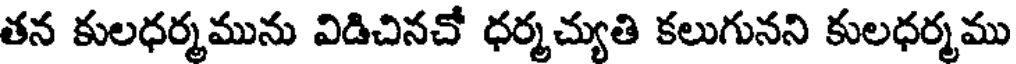
తన కులధర్మమును విడిచినచో ధర్మచ్యుతి కలుగునని కులధర్మము